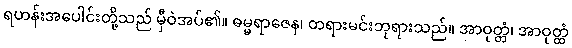
ရဟန်းအပေါင်းတို့သည် မှီဝဲအပ်၏။ ဓမ္မရာဇေန၊ တရားမင်းဘုရားသည်။ အာဝုတ္တံ၊ အာဝုတ္ထံ